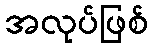
အလုပ်ဖြစ်